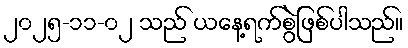
၂၀၂၅-၁၁-၀၂ သည် ယနေ့ရက်စွဲဖြစ်ပါသည်။